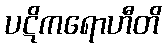
ပဋိကရောဟီတိ